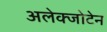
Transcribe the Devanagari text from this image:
अलेक्जोटेन